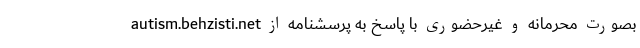
autism.behzisti.net بصورت محرمانه و غیرحضوری با پاسخ به پرسشنامه از